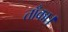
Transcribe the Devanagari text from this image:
ताँका।